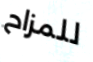
للمزاح